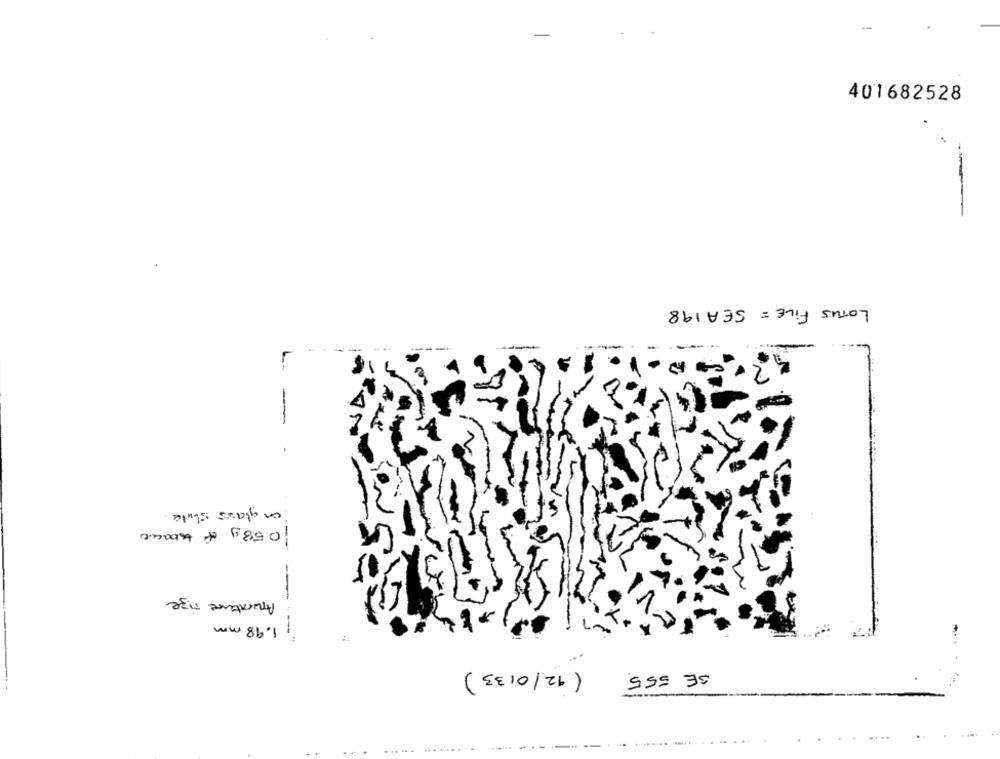
401682528
LOTUS FILE = SEA 198
-
on glass stute.
1058y of tobacco
Aperature size
1.98 mm
(12/0133)
SE 555